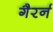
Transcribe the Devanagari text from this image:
गैरर्न